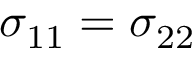
\sigma _ { 1 1 } = \sigma _ { 2 2 }